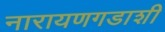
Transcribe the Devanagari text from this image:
नारायणगडाशी